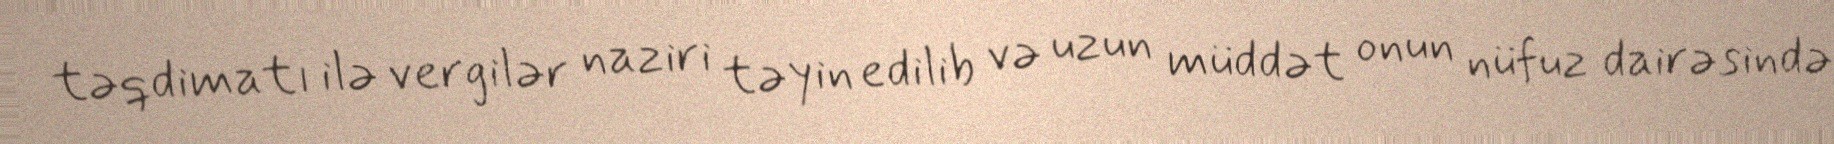
təqdimatı ilə vergilər naziri təyin edilib və uzun müddət onun nüfuz dairəsində